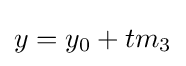
y=y_{0}+tm_{3}